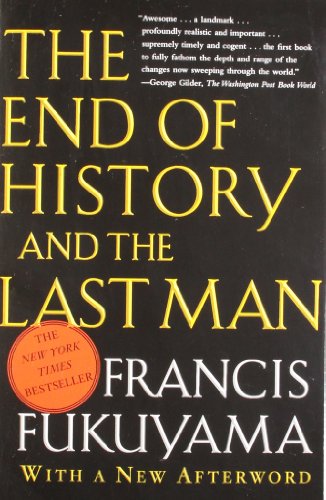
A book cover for The End of History and the Last Man; Francis Fukuyama; History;